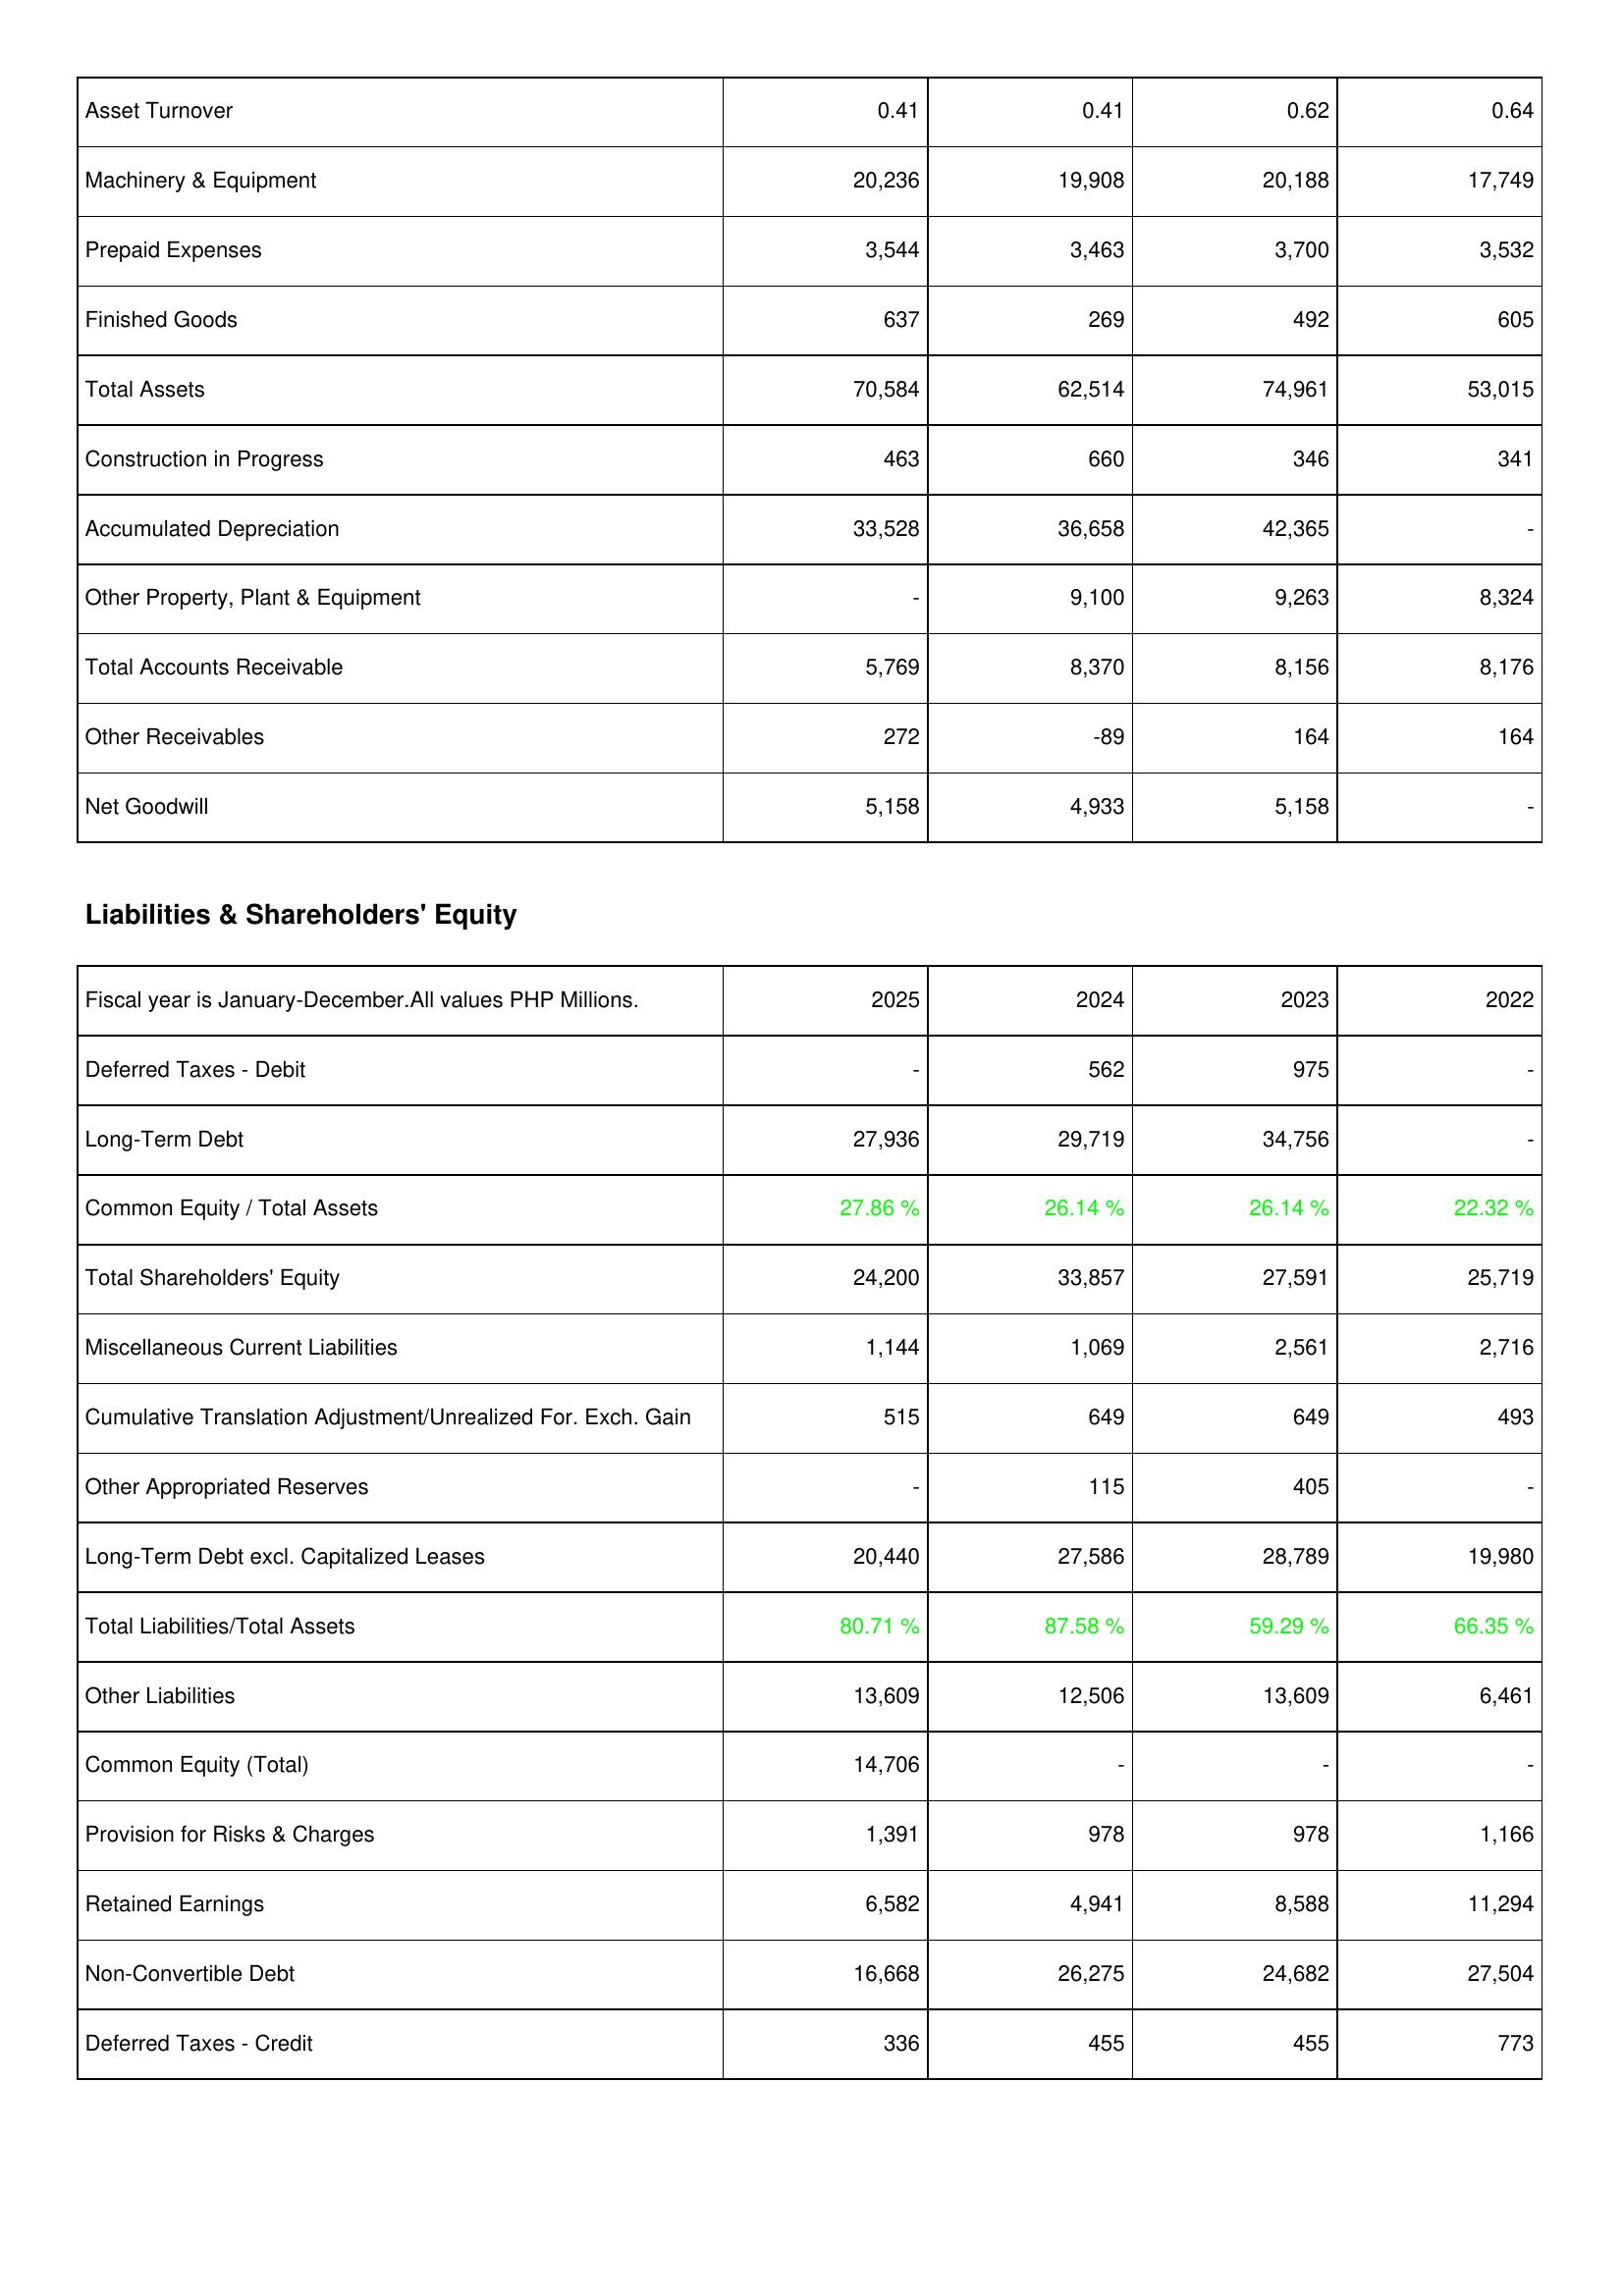
2025: Assets: Asset Turnover: 0.41
Machinery & Equipment: 20,236
Prepaid Expenses: 3,544
Finished Goods: 637
Total Assets: 70,584
Construction in Progress: 463
Accumulated Depreciation: 33,528
Other Property, Plant & Equipment: -
Total Accounts Receivable: 5,769
Other Receivables: 272
Net Goodwill: 5,158
Liabilities & Shareholders' Equity: Deferred Taxes - Debit: -
Long-Term Debt: 27,936
Common Equity / Total Assets: 27.86 %
Total Shareholders' Equity: 24,200
Miscellaneous Current Liabilities: 1,144
Cumulative Translation Adjustment/Unrealized For. Exch. Gain: 515
Other Appropriated Reserves: -
Long-Term Debt excl. Capitalized Leases: 20,440
Total Liabilities/Total Assets: 80.71 %
Other Liabilities: 13,609
Common Equity (Total): 14,706
Provision for Risks & Charges: 1,391
Retained Earnings: 6,582
Non-Convertible Debt: 16,668
Deferred Taxes - Credit: 336
2024: Assets: Asset Turnover: 0.41
Machinery & Equipment: 19,908
Prepaid Expenses: 3,463
Finished Goods: 269
Total Assets: 62,514
Construction in Progress: 660
Accumulated Depreciation: 36,658
Other Property, Plant & Equipment: 9,100
Total Accounts Receivable: 8,370
Other Receivables: -89
Net Goodwill: 4,933
Liabilities & Shareholders' Equity: Deferred Taxes - Debit: 562
Long-Term Debt: 29,719
Common Equity / Total Assets: 26.14 %
Total Shareholders' Equity: 33,857
Miscellaneous Current Liabilities: 1,069
Cumulative Translation Adjustment/Unrealized For. Exch. Gain: 649
Other Appropriated Reserves: 115
Long-Term Debt excl. Capitalized Leases: 27,586
Total Liabilities/Total Assets: 87.58 %
Other Liabilities: 12,506
Common Equity (Total): -
Provision for Risks & Charges: 978
Retained Earnings: 4,941
Non-Convertible Debt: 26,275
Deferred Taxes - Credit: 455
2023: Assets: Asset Turnover: 0.62
Machinery & Equipment: 20,188
Prepaid Expenses: 3,700
Finished Goods: 492
Total Assets: 74,961
Construction in Progress: 346
Accumulated Depreciation: 42,365
Other Property, Plant & Equipment: 9,263
Total Accounts Receivable: 8,156
Other Receivables: 164
Net Goodwill: 5,158
Liabilities & Shareholders' Equity: Deferred Taxes - Debit: 975
Long-Term Debt: 34,756
Common Equity / Total Assets: 26.14 %
Total Shareholders' Equity: 27,591
Miscellaneous Current Liabilities: 2,561
Cumulative Translation Adjustment/Unrealized For. Exch. Gain: 649
Other Appropriated Reserves: 405
Long-Term Debt excl. Capitalized Leases: 28,789
Total Liabilities/Total Assets: 59.29 %
Other Liabilities: 13,609
Common Equity (Total): -
Provision for Risks & Charges: 978
Retained Earnings: 8,588
Non-Convertible Debt: 24,682
Deferred Taxes - Credit: 455
2022: Assets: Asset Turnover: 0.64
Machinery & Equipment: 17,749
Prepaid Expenses: 3,532
Finished Goods: 605
Total Assets: 53,015
Construction in Progress: 341
Accumulated Depreciation: -
Other Property, Plant & Equipment: 8,324
Total Accounts Receivable: 8,176
Other Receivables: 164
Net Goodwill: -
Liabilities & Shareholders' Equity: Deferred Taxes - Debit: -
Long-Term Debt: -
Common Equity / Total Assets: 22.32 %
Total Shareholders' Equity: 25,719
Miscellaneous Current Liabilities: 2,716
Cumulative Translation Adjustment/Unrealized For. Exch. Gain: 493
Other Appropriated Reserves: -
Long-Term Debt excl. Capitalized Leases: 19,980
Total Liabilities/Total Assets: 66.35 %
Other Liabilities: 6,461
Common Equity (Total): -
Provision for Risks & Charges: 1,166
Retained Earnings: 11,294
Non-Convertible Debt: 27,504
Deferred Taxes - Credit: 773